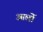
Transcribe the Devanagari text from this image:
आर्लो